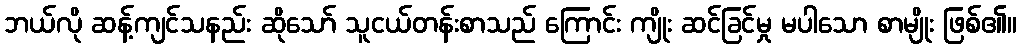
ဘယ်လို ဆန့်ကျင်သနည်း ဆိုသော် သူငယ်တန်းစာသည် ကြောင်း ကျိုး ဆင်ခြင်မှု မပါသော စာမျိုး ဖြစ်၏။